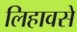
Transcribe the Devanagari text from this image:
लिहावसे